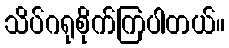
သိပ်ဂရုစိုက်ကြပါတယ်။